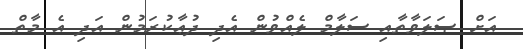
އަށް ޞަލަވާތާއި ސަލާމް ލެއްވުން އެދި ދުޢާކުރަމުން އަދި އެ މާތް